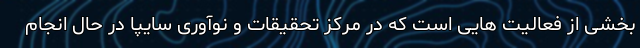
بخشی از فعالیت هایی است که در مرکز تحقیقات و نوآوری سایپا در حال انجام